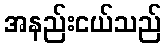
အနည်းငယ်သည်